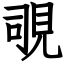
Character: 覗